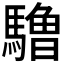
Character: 𱄱